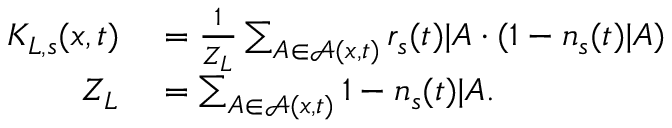
\begin{array} { r l } { K _ { L , s } ( x , t ) } & { { } = \frac { 1 } { Z _ { L } } \sum _ { A \in \mathcal { A } ( x , t ) } r _ { s } ( t ) | A \cdot ( 1 - n _ { s } ( t ) | A ) } \\ { Z _ { L } } & { { } = \sum _ { A \in \mathcal { A } ( x , t ) } 1 - n _ { s } ( t ) | A . } \end{array}